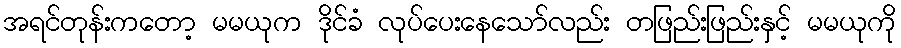
အရင်တုန်းကတော့ မမယုက ဒိုင်ခံ လုပ်ပေးနေသော်လည်း တဖြည်းဖြည်းနှင့် မမယုကို